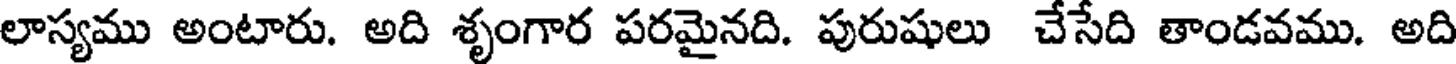
లాస్యము అంటారు. అది శృంగార పరమైనది. పురుషులు చేసేది తాండవము. అది